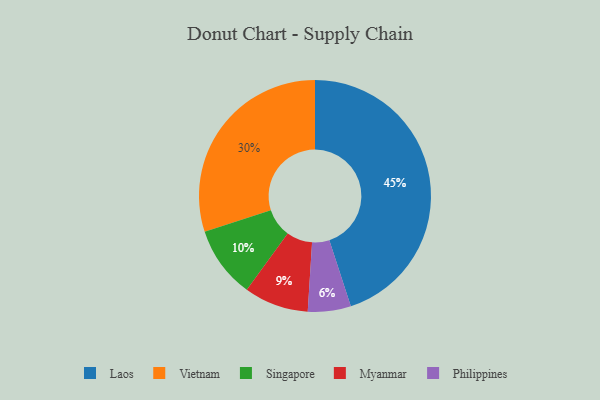
{"axis": {"x": "Category", "y": "Percentage"}, "legend": ["Laos", "Myanmar", "Philippines", "Singapore", "Vietnam"], "data": [{"x": "Philippines", "y": 6, "type": "Philippines"}, {"x": "Singapore", "y": 10, "type": "Singapore"}, {"x": "Myanmar", "y": 9, "type": "Myanmar"}, {"x": "Vietnam", "y": 30, "type": "Vietnam"}, {"x": "Laos", "y": 45, "type": "Laos"}]}